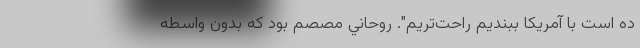
ده است با آمریکا ببندیم راحت‌تریم". روحاني مصصم بود كه بدون واسطه